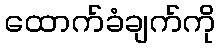
ထောက်ခံချက်ကို